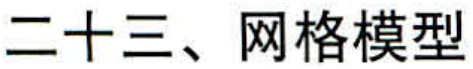
二十三、网格模型